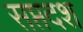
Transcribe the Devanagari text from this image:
सप्तदश